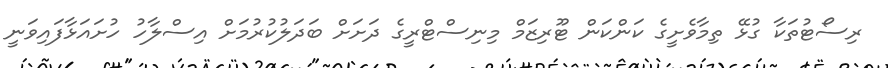
ރިސޯޓުތަކާ ގުޅޭ ތިމާވެށީގެ ކަންކަން ޓޫރިޒަމް މިނިސްޓްރީގެ ދަށަށް ބަދަލުކުރުމަށް އިސްލާހު ހުށައަޅާފައިވަނީ